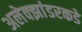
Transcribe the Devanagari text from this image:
अलेक्झांडरकडे